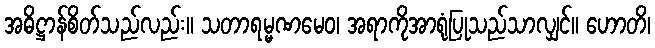
အဓိဋ္ဌာန်စိတ်သည်လည်း။ သတာရမ္မဏမေဝ၊ အရာကိုအာရုံပြုသည်သာလျှင်။ ဟောတိ၊